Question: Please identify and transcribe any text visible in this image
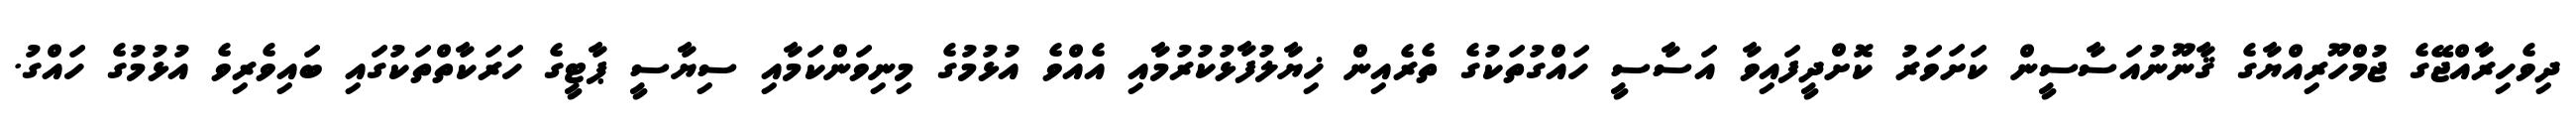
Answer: ދިވެހިރާއްޖޭގެ ޖުމްހޫރިއްޔާގެ ޤާނޫނުއަސާސީން ކަށަވަރު ކޮށްދީފައިވާ އަސާސީ ހައްގުތަކުގެ ތެރެއިން ޚިޔާލުފާޅުކުރުމާއި އެއްވެ އުޅުމުގެ މިނިވަންކަމާއި ސިޔާސީ ޕާޓީގެ ހަރަކާތްތަކުގައި ބައިވެރިވެ އުޅުމުގެ ހައްގު.